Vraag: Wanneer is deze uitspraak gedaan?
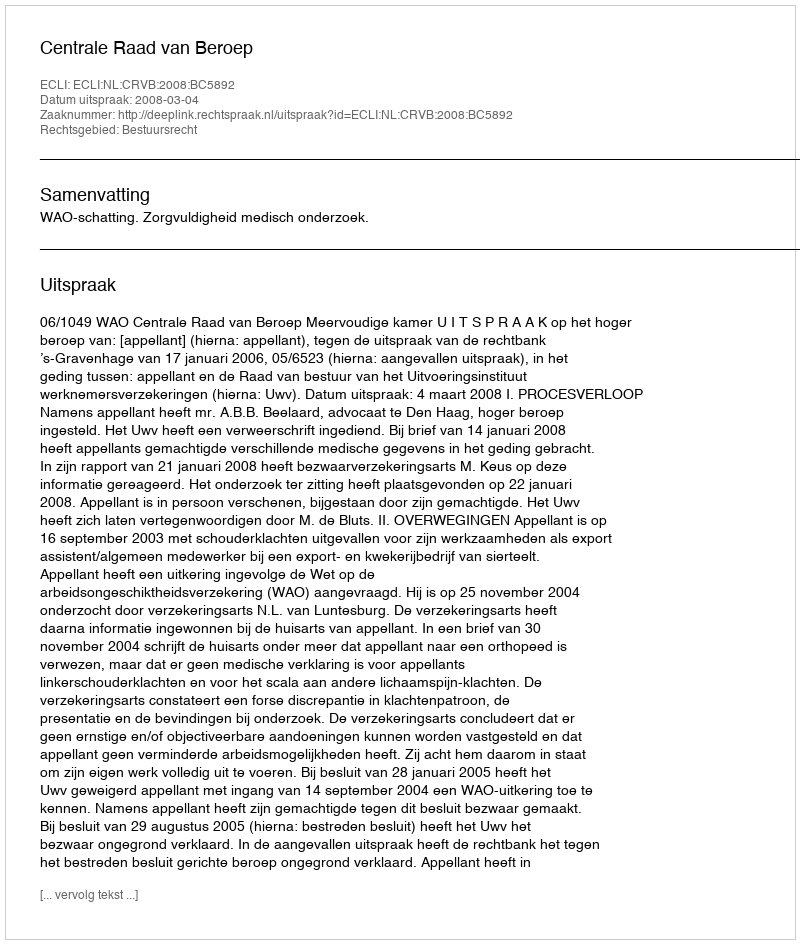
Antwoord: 2008-03-04